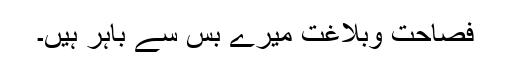
فصاحت وبلاغت میرے بس سے باہر ہیں۔